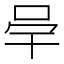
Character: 𭇖